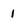
Character: 1